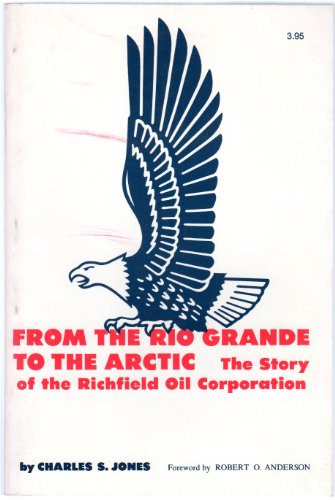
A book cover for From the Rio Grande to the Arctic: Story of the Richfield Oil Corporation; Charles S. Jones; Business & Money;